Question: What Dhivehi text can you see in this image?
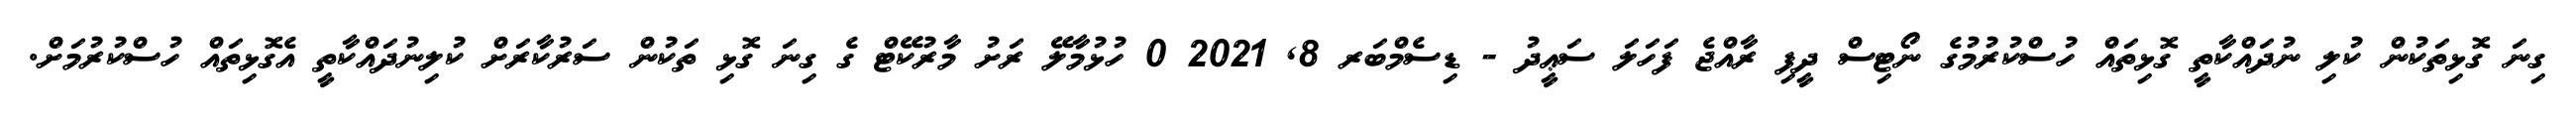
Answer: ގިނަ ގޮޅިތަކުން ކުލި ނުދައްކާތީ ގޮޅިތައް ހުސްކުރުމުގެ ނޯޓިސް ދީފި ރާއްޖެ ފަހަލަ ސަޢީދު - ޑިސެމްބަރ 8, 2021 0 ހުޅުމާލޭ ރަށު މާރުކޭޓް ގެ ގިނަ ގޮޅި ތަކުން ސަރުކާރަށް ކުލިނުދައްކާތީ އެގޮޅިތައް ހުސްކުރުމަށް.